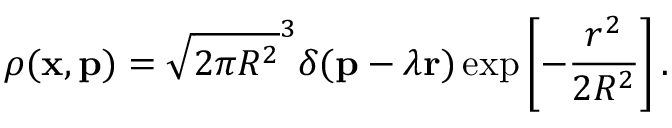
\rho ( { \bf x } , { \bf p } ) = \sqrt { 2 \pi R ^ { 2 } } ^ { 3 } \delta ( { \bf p } - \lambda { \bf r } ) \exp \left[ - \frac { r ^ { 2 } } { 2 R ^ { 2 } } \right] .